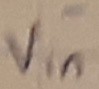
Text: -Vin